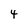
Character: 4